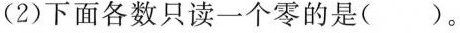
(2)下面各数只读一个零的是( )。